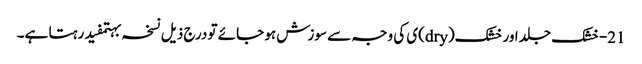
21-خشک جلد اور خشک(dry)ی کی وجہ سے سوزش ہو جائے تو درج ذیل نسخہ بہتمفید رہتا ہے۔